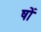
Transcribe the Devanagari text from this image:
षों